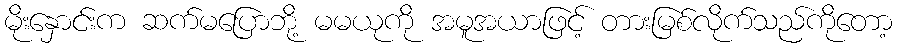
မိုးနှောင်းက ဆက်မပြောဘို့ မမယုကို အမူအယာဖြင့် တားမြစ်လိုက်သည်ကိုတော့